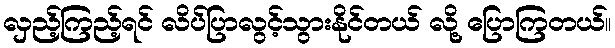
လှည့်ကြည့်ရင် လိပ်ပြာလွင့်သွားနိုင်တယ် လို့ ပြောကြတယ်။